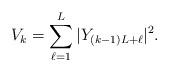
LaTeX: \begin{align*}V_k = \sum_{\ell=1}^L |Y_{(k-1)L+\ell}|^2.\end{align*}